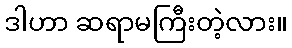
ဒါဟာ ဆရာမကြီးတဲ့လား။